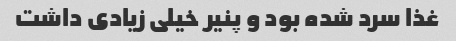
غذا سرد شده بود و پنیر خیلی زیادی داشت